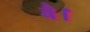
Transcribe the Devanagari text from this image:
बै।